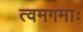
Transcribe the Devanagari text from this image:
त्वमगमाः